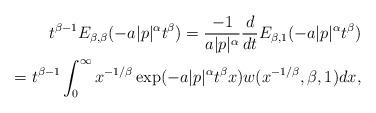
LaTeX: \begin{align*}t^{\beta-1}E_{\beta, \beta}(-a|p|^{\alpha}t^{\beta})=\frac{-1}{a|p|^{\alpha}}\frac{d}{dt}E_{\beta,1}(-a|p|^{\alpha}t^{\beta}) \\=t^{\beta-1}\int_{0}^{\infty}x^{-1/\beta}\exp(-a|p|^{\alpha}t^{\beta}x) w(x^{-1/\beta}, \beta, 1)dx,\end{align*}